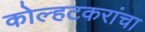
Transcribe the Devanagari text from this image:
कोल्हटकरांचा